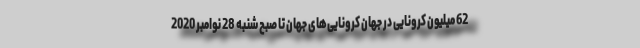
62 میلیون کرونایی در جهان کرونایی‌های جهان تا صبح شنبه 28 نوامبر 2020